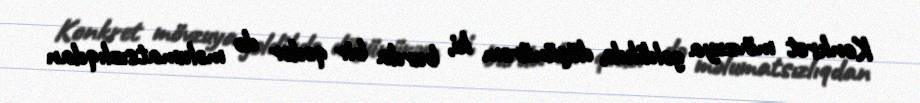
Konkret mövzuya gəldikdə, düşünürəm ki, burda bir qədər də məlumatsızlıqdan